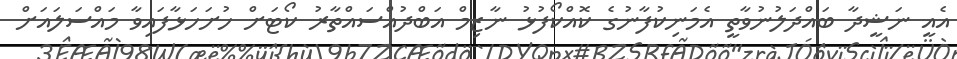
އެއީ ނަޝީދާ ބަައްދަލުނުވާތީ އެމަނިކުފާނުގެ ކޮއްކޯފުޅު ނާޒިމް އަބްދުއްސައްތާރު ކޯޓަށް ހުށަހަޅާފައިވާ މައްސަލައަށް